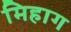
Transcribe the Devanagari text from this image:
मिहाग